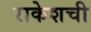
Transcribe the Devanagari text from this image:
राकेशची